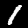
Digit: 1